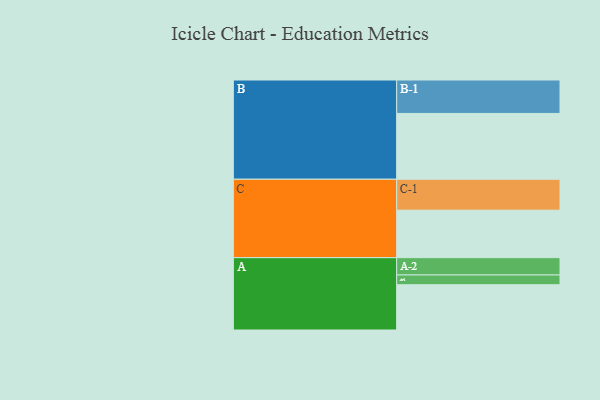
{"axis": {"x": "Segment", "y": "Value"}, "legend": ["", "A", "B", "C"], "data": [{"x": "A", "y": 306, "type": ""}, {"x": "B", "y": 445, "type": ""}, {"x": "C", "y": 321, "type": ""}, {"x": "A-1", "y": 66, "type": "A"}, {"x": "A-2", "y": 117, "type": "A"}, {"x": "B-1", "y": 226, "type": "B"}, {"x": "C-1", "y": 209, "type": "C"}]}